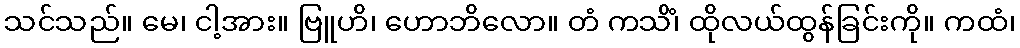
သင်သည်။ မေ၊ ငါ့အား။ ဗြူဟိ၊ ဟောဘိလော။ တံ ကသိံ၊ ထိုလယ်ထွန်ခြင်းကို။ ကထံ၊